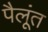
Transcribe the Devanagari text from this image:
पैलूंत